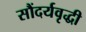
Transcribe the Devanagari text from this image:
सौंदर्यवृद्धी